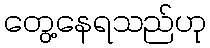
တွေ့နေရသည်ဟု